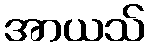
အာယသ်